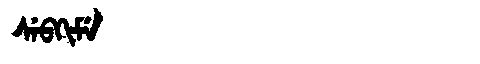
Manchu: ᠰᡝᠪᡴᡳᠮᡝ
Romanization: SEBKIME